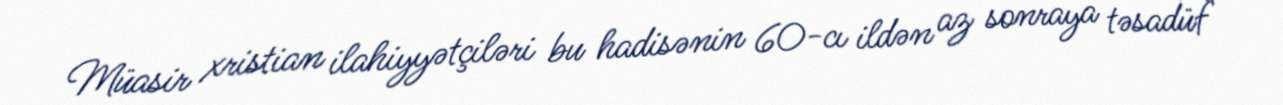
Müasir xristian ilahiyyətçiləri bu hadisənin 60-cı ildən az sonraya təsadüf